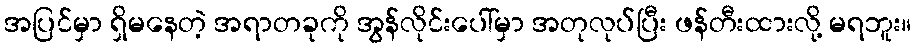
အပြင်မှာ ရှိမနေတဲ့ အရာတခုကို အွန်လိုင်းပေါ်မှာ အတုလုပ်ပြီး ဖန်တီးထားလို့ မရဘူး။